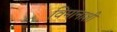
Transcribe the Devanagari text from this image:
विमानाशी